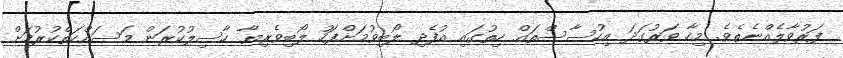
ފަރުވާލެއްނެތެވެ. މިހާ ވަރުގަދަ އިހުސާސްތައް ހިތުގައި އުފެދި ލޯބިވުމަށްފަހު ލޯބިވެރިޔާ ހާސިލުކުރަން މަސައްކަތްކުރުމަށް